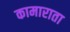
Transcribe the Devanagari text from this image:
कामाराता